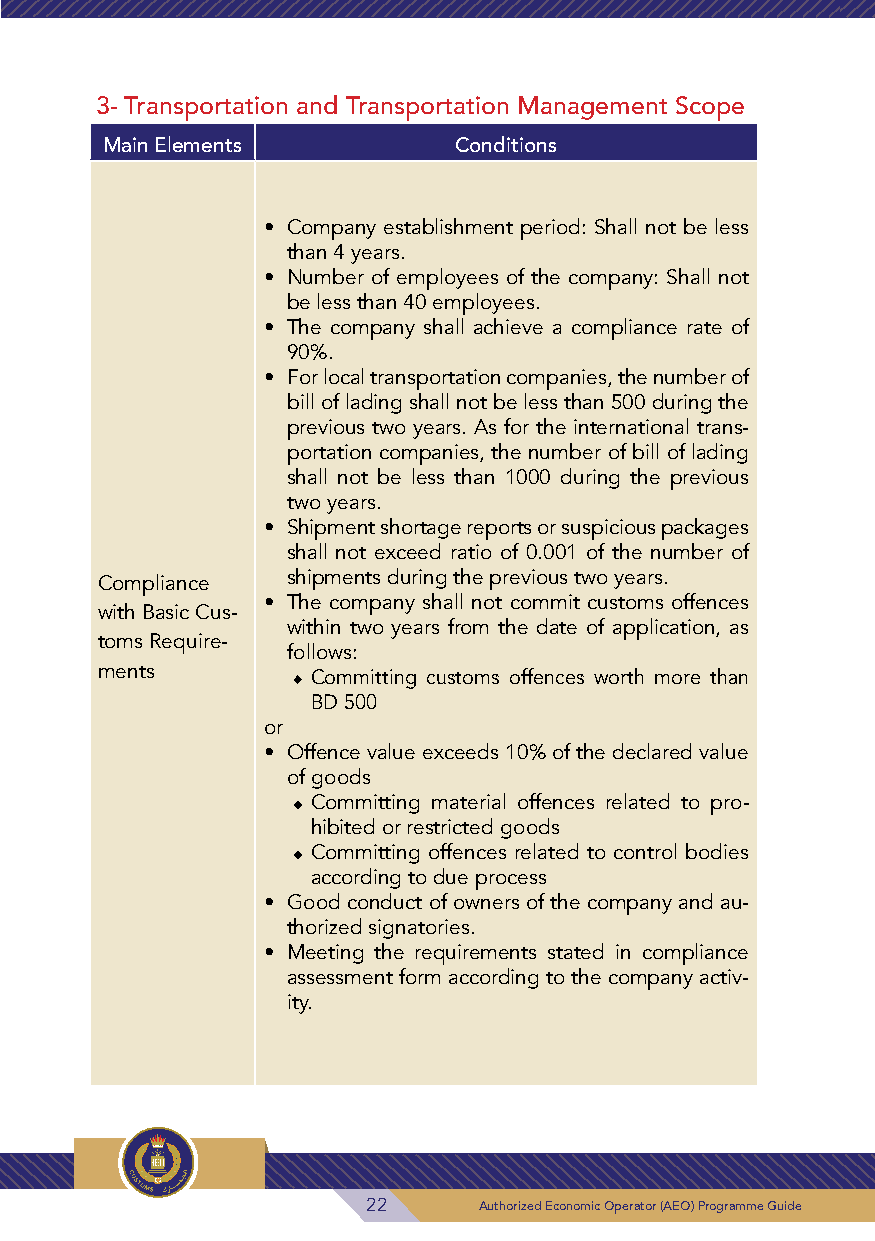
3- Transportation and Transportation Management Scope
 Main Elements          Conditions
 • Company establishment period: Shall not be less
 than 4 years.
 • Number of employees of the company: Shall not
 be less than 40 employees.
 • The company shall achieve a compliance rate of
 90%.
 • For local transportation companies, the number of
 bill of lading shall not be less than 500 during the
 previous two years. As for the international trans-
 portation companies, the number of bill of lading
 shall not be less than 1000 during the previous
 two years.
 • Shipment shortage reports or suspicious packages
 shall not exceed ratio of 0.001 of the number of
 Compliance   shipments during the previous two years.
 • The company shall not commit customs offences
 with Basic Cus-
 within two years from the date of application, as
 toms Require-
 follows:
 ments        ◆◆Committing customs offences worth more than
 BD 500
 or
 • Offence value exceeds 10% of the declared value
 of goods
 ◆◆Committing material offences related to pro-
 hibited or restricted goods
 ◆◆Committing offences related to control bodies
 according to due process
 • Good conduct of owners of the company and au-
 thorized signatories.
 • Meeting the requirements stated in compliance
 assessment form according to the company activ-
 ity.
 22      Authorized Economic Operator (AEO) Programme Guide